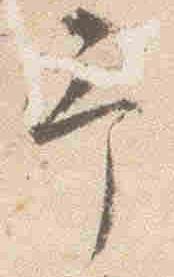
予